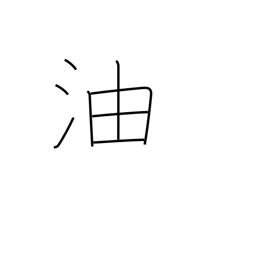
Meaning: oil